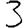
Digit: 3